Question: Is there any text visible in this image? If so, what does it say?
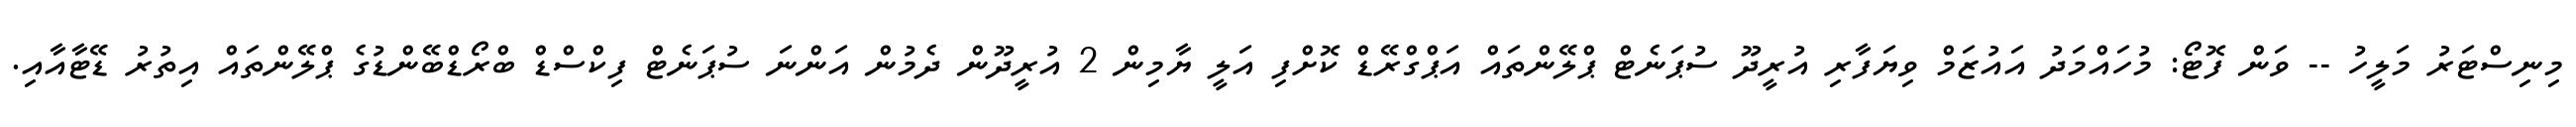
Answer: މިނިސްޓަރު މަލީހު -- ވަން ފޮޓޯ: މުހައްމަދު އައުޒަމް ވިޔަފާރި އުރީދޫ ސުޕަނެޓް ޕްލޭންތައް އަޕްގްރޭޑް ކޮށްފި އަލީ ޔާމިން 2 އުރީދޫން ދެމުން އަންނަ ސުޕަނެޓް ފިކްސްޑް ބްރޯޑްބޭންޑުގެ ޕްލޭންތައް އިތުރު ޑޭޓާއާއި.